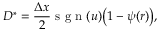
D ^ { \ast } = \frac { \Delta x } { 2 } \mathrm { ~ s ~ g ~ n ~ } ( u ) \big ( 1 - \psi ( r ) \big ) ,